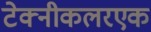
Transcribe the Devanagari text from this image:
टेक्नीकलरएक